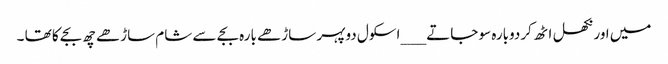
میں اور نکھل اٹھ کردوبارہ سو جاتے ___ اسکول دوپہر ساڑھے بارہ بجے سے شام ساڑھے چھ بجے کا تھا ۔